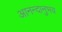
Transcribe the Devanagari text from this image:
आनन्दानुभव